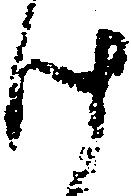
け